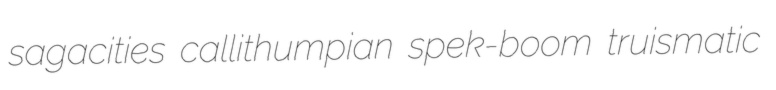
sagacities callithumpian spek-boom truismatic